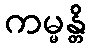
ကမ္မန္တိ